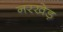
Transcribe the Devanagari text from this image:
नरखेड़